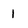
Character: 1